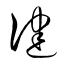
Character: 健